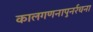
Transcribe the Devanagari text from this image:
कालगणनापुनर्रचना